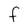
Character: F